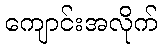
ကျောင်းအလိုက်